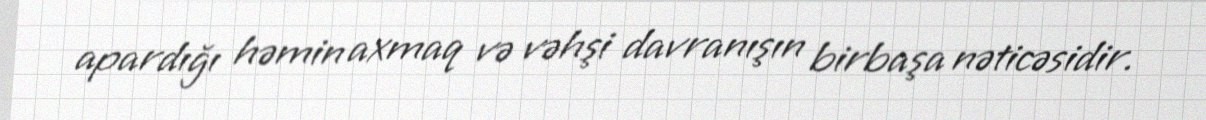
apardığı həmin axmaq və vəhşi davranışın birbaşa nəticəsidir.